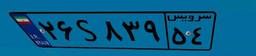
۹۱S۳۰۳۵۲